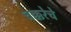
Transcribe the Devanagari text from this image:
चक्करेचे